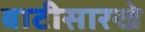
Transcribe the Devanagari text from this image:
वाटीसारखे